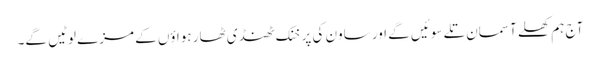
آج ہم کھلے آسمان تلے سوئیں گے اور ساون کی پرخنک ٹھنڈی ٹھار ہواؤں کے مزے لوٹیں گے۔